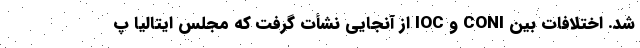
شد. اختلافات بین CONI و IOC از آنجایی نشأت گرفت که مجلس ایتالیا پ